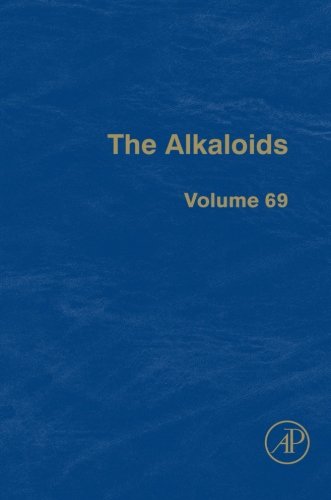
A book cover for The Alkaloids: Chemistry and Biology (Volume 69); Science & Math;